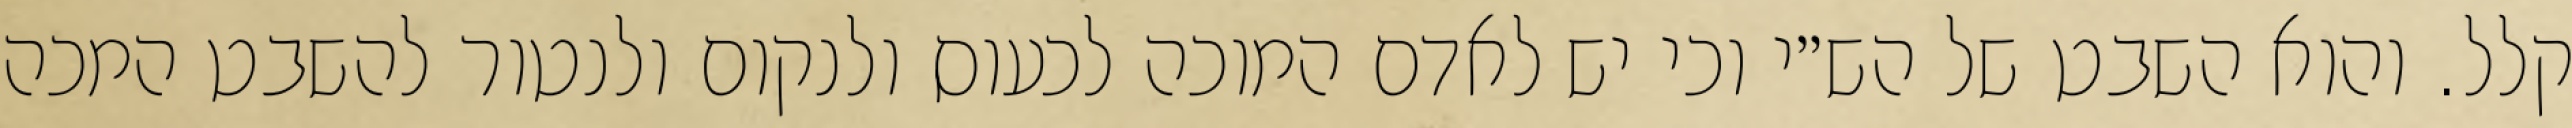
קלל. והוא השבט של הש״י וכי יש לאדם המוכה לכעוס ולנקום ולנטור להשבט המכה